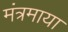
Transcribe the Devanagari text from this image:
मंत्रमाया